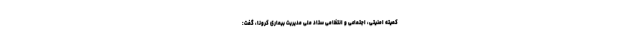
کمیته امنیتی، اجتماعی و انتظامی ستاد ملی مدیریت بیماری کرونا، گفت: